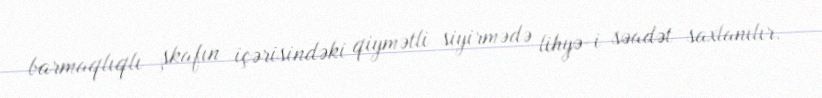
barmaqlıqlı şkafın içərisindəki qiymətli siyirmədə lihyə-i səadət saxlanılır.